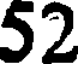
52